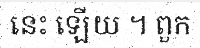
នេះ ឡើយ ។ ពួក